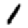
Digit: 1